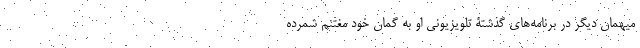
میهمان دیگر در برنامه‌های گذشتۀ تلویزیونی او به گمان خود مغتنم شمرده